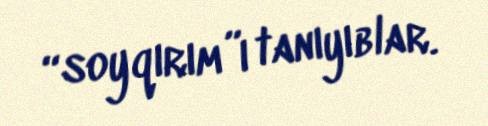
“soyqırım”ı tanıyıblar.